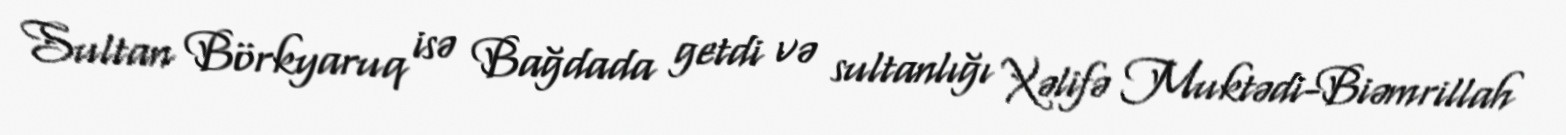
Sultan Börkyaruq isə Bağdada getdi və sultanlığı Xəlifə Muktədi-Biəmrillah